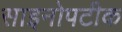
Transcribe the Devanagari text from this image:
साइनोपटीक